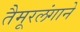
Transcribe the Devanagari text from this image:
तैमूरलंगाने